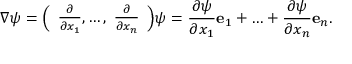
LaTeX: \nabla \psi = { \left( \begin{array} { l } { { \frac { \partial } { \partial x _ { 1 } } } , \ldots , \ { \frac { \partial } { \partial x _ { n } } } } \end{array} \right) } \psi = { \frac { \partial \psi } { \partial x _ { 1 } } } \mathbf { e } _ { 1 } + \ldots + { \frac { \partial \psi } { \partial x _ { n } } } \mathbf { e } _ { n } .